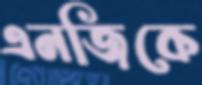
এনজিকে